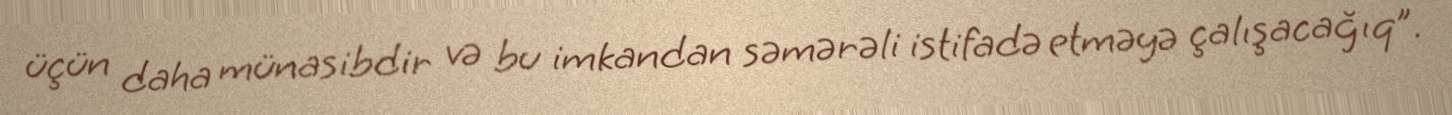
üçün daha münasibdir və bu imkandan səmərəli istifadə etməyə çalışacağıq”.